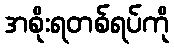
အစိုးရတစ်ရပ်ကို